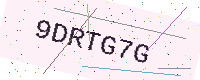
Text: 9DRTG7G